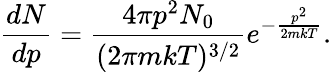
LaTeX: \frac{dN}{dp}=\frac{4\pi p^{2}N_{0}}{(2\pi mkT)^{3/2}}e^{-\frac{p^{2}}{2mkT}}.